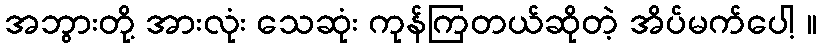
အဘွားတို့ အားလုံး သေဆုံး ကုန်ကြတယ်ဆိုတဲ့ အိပ်မက်ပေါ့ ။